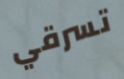
تسرقي